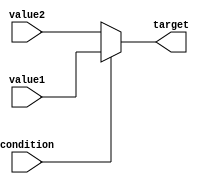
module ConditionalOperatorAssignment(
    input wire condition,      // Boolean condition input
    input wire [7:0] value1,  // First value to assign if condition is true
    input wire [7:0] value2,  // Second value to assign if condition is false
    output reg [7:0] target    // Target variable to hold the assigned value
);

    always @(*) begin
        target = condition ? value1 : value2; // Conditional assignment using `? :`
    end

endmodule